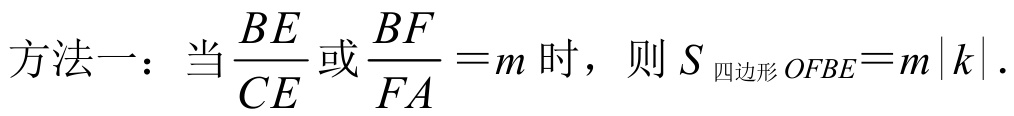
方法一：当\(\frac{BE}{CE}\)或\(\frac{BF}{FA}=m\)时，则\(S_{\text{四边形}OFBE}=m|k|\).